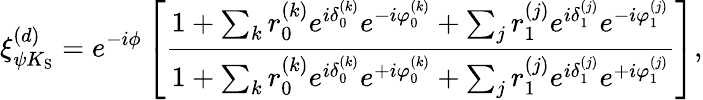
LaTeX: \xi_{\psi K_{\mathrm{S}}}^{(d)}=e^{-i\phi}\left[\frac{1+\sum_{k}r_{0}^{(k)}e^{i\delta_{0}^{(k)}}e^{-i\varphi_{0}^{(k)}}+\sum_{j}r_{1}^{(j)}e^{i\delta_{1}^{(j)}}e^{-i\varphi_{1}^{(j)}}}{1+\sum_{k}r_{0}^{(k)}e^{i\delta_{0}^{(k)}}e^{+i\varphi_{0}^{(k)}}+\sum_{j}r_{1}^{(j)}e^{i\delta_{1}^{(j)}}e^{+i\varphi_{1}^{(j)}}}\right],